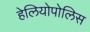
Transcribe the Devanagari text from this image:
हेलियोपोलिस